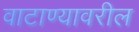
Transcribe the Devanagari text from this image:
वाटाण्यावरील